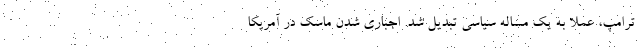
ترامپ، عملا به یک مساله سیاسی تبدیل شد. اجباری شدن ماسک در آمریکا